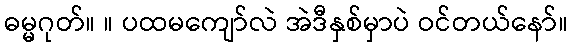
ဓမ္မဂုတ်။ ။ ပထမကျော်လဲ အဲဒီနှစ်မှာပဲ ဝင်တယ်နော်။